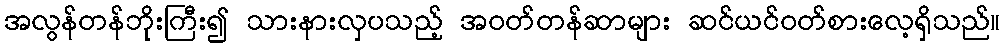
အလွန်တန်ဘိုးကြီး၍ သားနားလှပသည့် အဝတ်တန်ဆာများ ဆင်ယင်ဝတ်စားလေ့ရှိသည်။